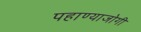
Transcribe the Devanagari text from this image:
पहाण्याजोगी